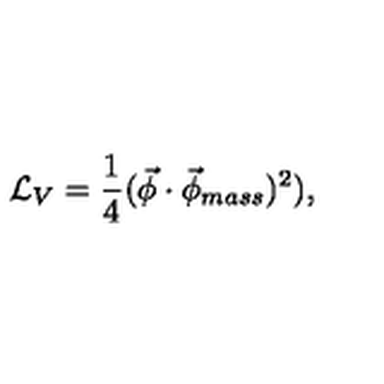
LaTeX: \mathcal { L } _ { V } = \frac { 1 } { 4 } ( \vec { \phi } \cdot \vec { \phi } _ { m a s s } ) ^ { 2 } ) ,